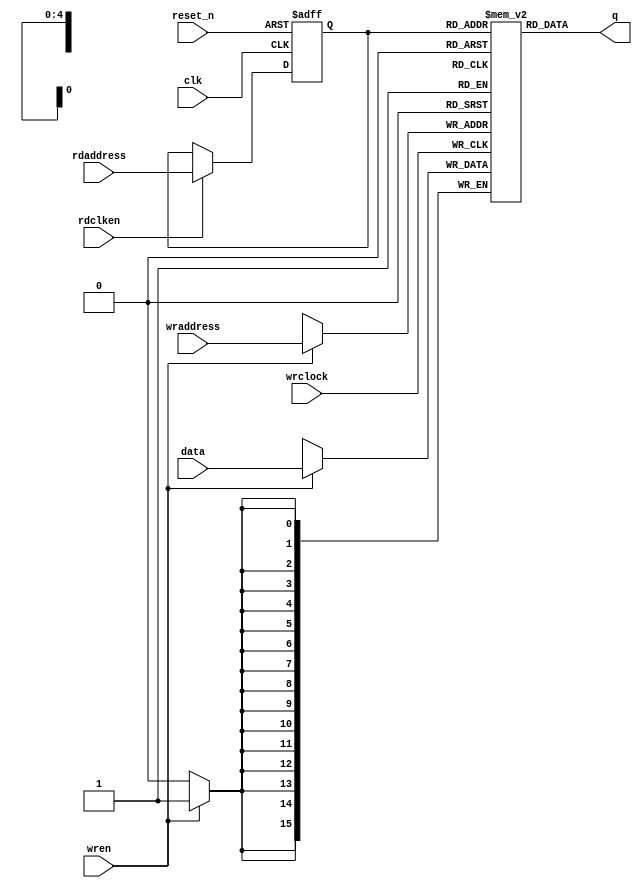
module soc_design_dma_fifo_module_fifo_ram_module (
                                                     clk,
                                                     data,
                                                     rdaddress,
                                                     rdclken,
                                                     reset_n,
                                                     wraddress,
                                                     wrclock,
                                                     wren,
                                                     q
                                                  )
;
  output  [ 15: 0] q;
  input            clk;
  input   [ 15: 0] data;
  input   [  4: 0] rdaddress;
  input            rdclken;
  input            reset_n;
  input   [  4: 0] wraddress;
  input            wrclock;
  input            wren;
  reg     [ 15: 0] mem_array [ 31: 0];
  wire    [ 15: 0] q;
  reg     [  4: 0] read_address;
  always @(posedge clk or negedge reset_n)
    begin
      if (reset_n == 0)
          read_address <= 0;
      else if (rdclken)
          read_address <= rdaddress;
    end
  assign q = mem_array[read_address];
  always @(posedge wrclock)
    begin
      if (wren)
          mem_array[wraddress] <= data;
    end
endmodule